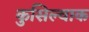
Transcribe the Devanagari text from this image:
कुसिल्वाक